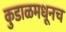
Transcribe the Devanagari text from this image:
कुडाळमधूनच